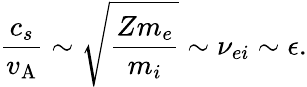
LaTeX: \frac{c_{s}}{v_{\mathrm{A}}}\sim\sqrt{\frac{Zm_{e}}{m_{i}}}\sim\nu_{ei}\sim\epsilon.